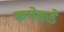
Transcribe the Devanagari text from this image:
कथेकडे